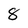
Character: 8